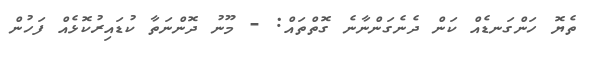
ތެޔޮ ހަންގަނޑެއް ކަން ދެނެގަންނާނެ ގޮތްތައް: - މޫނު ދޮންނަތާ ކުޑައިރުކޮޅެއް ފަހުން